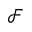
\mathcal { F }